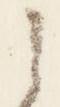
之